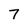
Character: 7